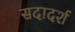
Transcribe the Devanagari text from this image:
सदादर्श